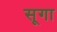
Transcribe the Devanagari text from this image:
सूगा